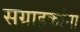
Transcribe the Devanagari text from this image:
संग्राहकांना